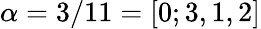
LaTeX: \alpha=3/11=[0;3,1,2]